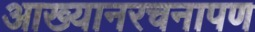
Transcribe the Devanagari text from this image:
आख्यानरचनापण